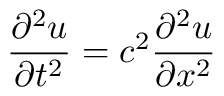
{ \frac { \partial ^ { 2 } u } { \partial t ^ { 2 } } } = c ^ { 2 } { \frac { \partial ^ { 2 } u } { \partial x ^ { 2 } } }